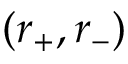
( r _ { + } , r _ { - } )